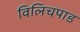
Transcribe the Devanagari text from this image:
विलिचपाड